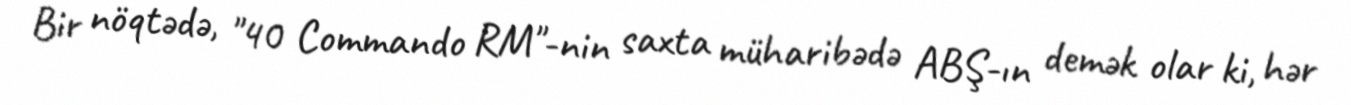
Bir nöqtədə, "40 Commando RM"-nin saxta müharibədə ABŞ-ın demək olar ki, hər